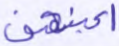
أعينهن